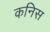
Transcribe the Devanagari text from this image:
कनिस